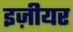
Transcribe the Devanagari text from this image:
इज़ीयर